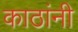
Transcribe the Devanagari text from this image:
काठांनी